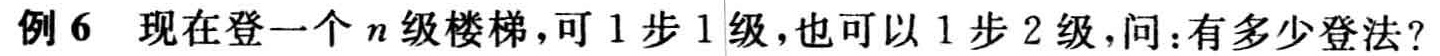
例 6 现在登一个 \(n\) 级楼梯，可 1 步 1 级，也可以 1 步 2 级，问：有多少登法？